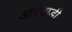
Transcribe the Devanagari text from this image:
आरेवाडी